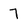
Character: 7